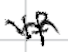
Text: If
Cross-out: mix
Writing tool: digital_black